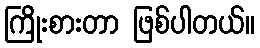
ကြိုးစားတာ ဖြစ်ပါတယ်။